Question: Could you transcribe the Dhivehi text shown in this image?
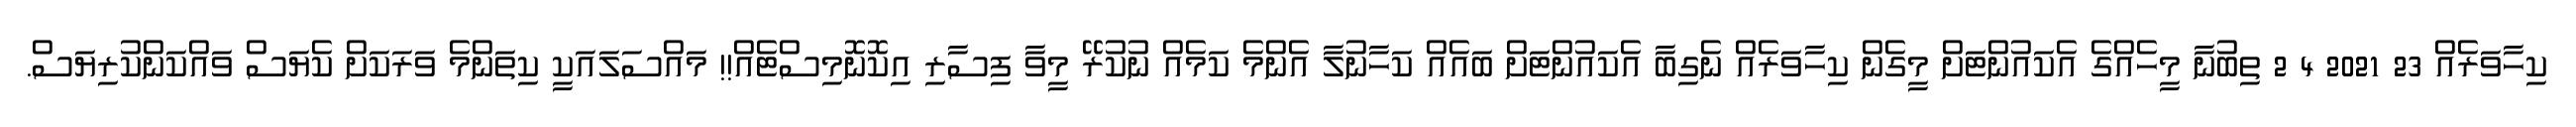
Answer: ކިހާވަރެއް 23 2021 4 2 ތިބުނާ މީހެއްގެ އެކައުންޓަށް މީގެން ކިހާވަރެއް ނެގިބާ އެކައުންޓަށް ބައެއް ކަހާނުލާ އެންމެ ކަމެއް ނުކުރޭ މީވާ ފިސާރި އިކޮނޮމިސްޓެއް!! މައްސަލައަކީ ކިތަންމެ ވަރަކަށް ކެޔަސް ވައްކަންކުރިޔަސް.